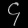
Digit: ၄